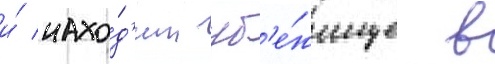
и́ нахо́д'ит уб'е́жище в